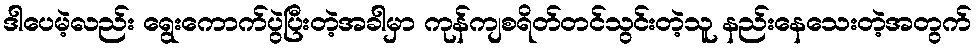
ဒါပေမဲ့လည်း ရွေးကောက်ပွဲပြီးတဲ့အခါမှာ ကုန်ကျစရိတ်တင်သွင်းတဲ့သူ နည်းနေသေးတဲ့အတွက်